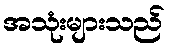
အသုံးများသည်